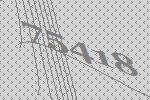
75418